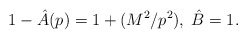
\begin{align*}1 - \hat{A}(p) = 1 + (M^2/p^2),\;\hat{B} = 1.\end{align*}